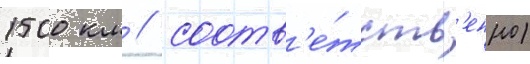
1500 км / соотв'е́тств'енно)